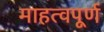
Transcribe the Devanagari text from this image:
माहत्वपूर्ण